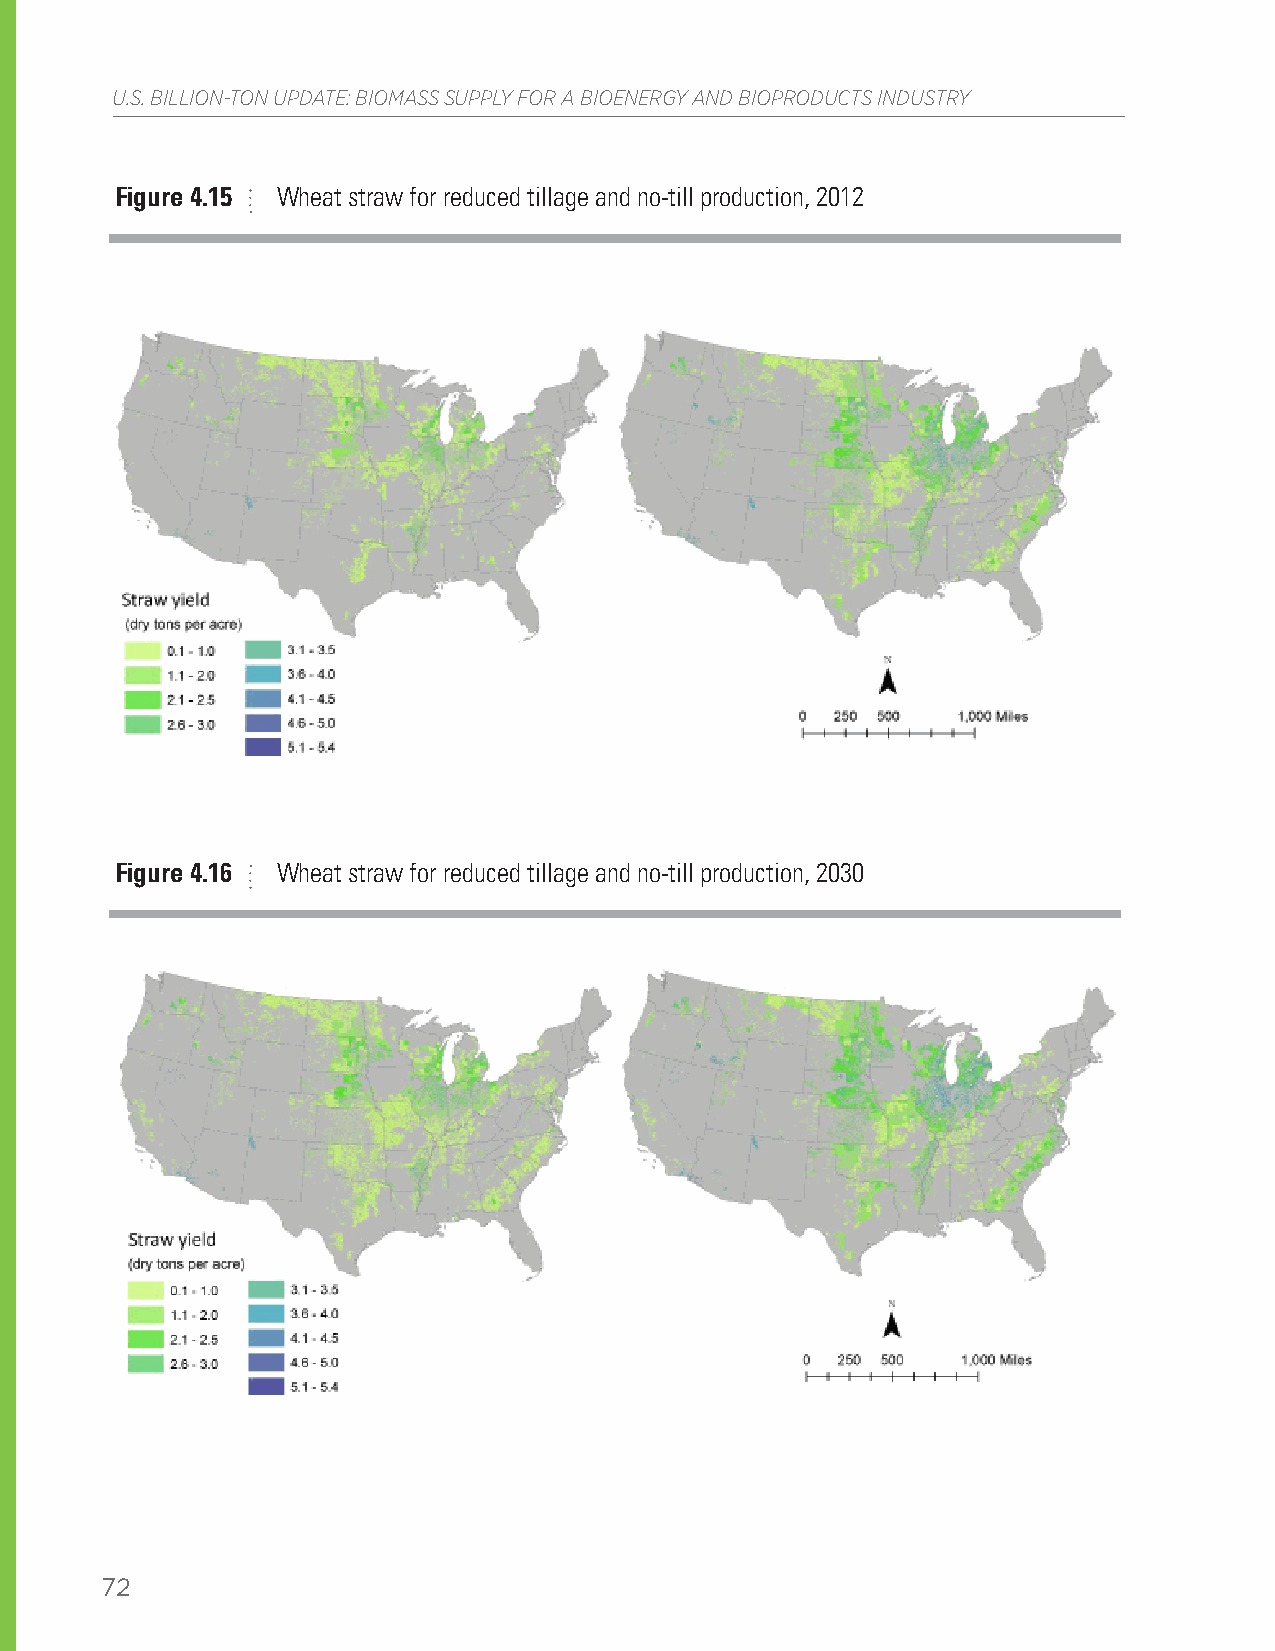
U.S. BILLION-TON UPDATE: BIOMASS SUPPLY FOR A BIOENERGY AND BIOPRODUCTS INDUSTRY
 Figure 4.15 Wheat straw for reduced tillage and no-till production, 2012
 Figure 4.16 Wheat straw for reduced tillage and no-till production, 2030
 72